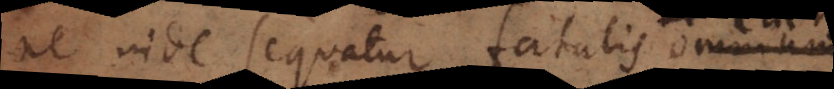
ne invide sequatur fatalis omnium